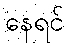
နေရင်